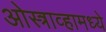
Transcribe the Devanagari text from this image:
ओस्त्राव्हामध्ये